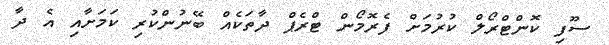
ސޫފި ކޮންޓްރޯލް ކުރުމަށް ފެރޮމޯން ޓްރެޕް ދާތަކެއް ބޭނުންކުރި ކަމަށާއި އެ ދާ